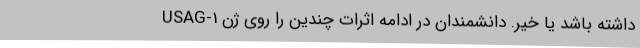
داشته باشد یا خیر. دانشمندان در ادامه اثرات چندین را روی ژن USAG-1